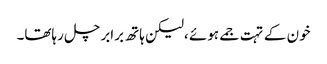
خون کے تہت جمے ہوئے ،لیکن ہاتھ برابر چل رہاتھا۔